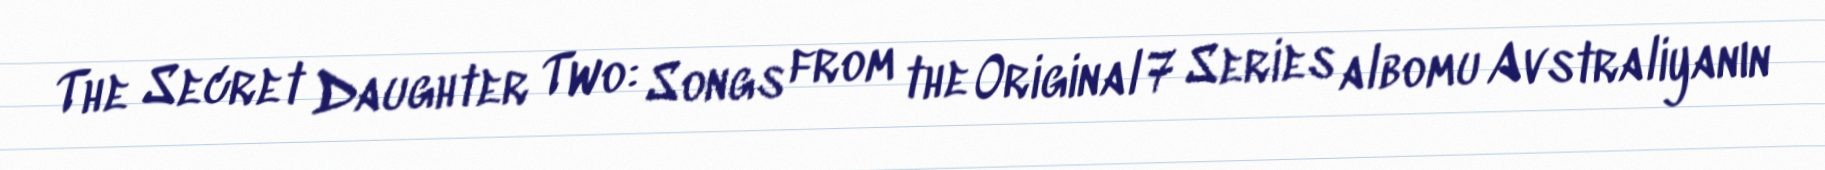
The Secret Daughter Two: Songs from the Original 7 Series albomu Avstraliyanın